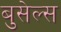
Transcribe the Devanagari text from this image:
बुसेल्स